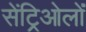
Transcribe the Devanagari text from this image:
सेंट्रिओलों